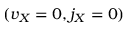
( v _ { X } = 0 , j _ { X } = 0 )